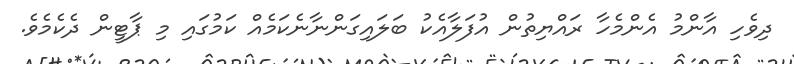
ދިވެހި އާންމު އެންމެހާ ރައްޔިތުން އުފަލާއެކު ބަލައިގަންނާނެކަމެއް ކަމުގައި މި ޕާޓީން ދެކެމެވެ.